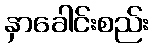
နှာခေါင်းစည်း